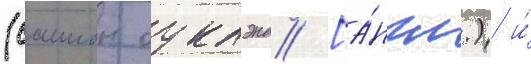
(саимон оуклэнд [а́нгл.) и́